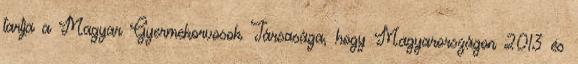
tartja a Magyar Gyermekorvosok Társasága, hogy Magyarországon 2013 és